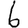
Digit: 6